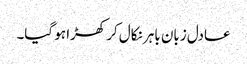
عادل زبان باہر نکال کر کھڑا ہو گیا۔